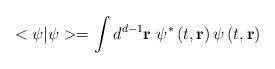
LaTeX: \begin{align*}<\psi |\psi >=\int d^{d-1}\mathbf{r\,\,}\psi ^{*}\left( t,\mathbf{r}\right)\psi \left( t,\mathbf{r}\right)\end{align*}